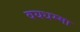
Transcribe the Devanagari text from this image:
वयधम्मा